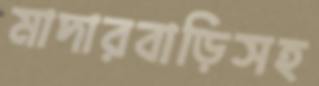
মাদারবাড়িসহ